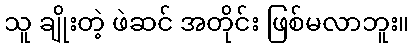
သူ ချိုးတဲ့ ဖဲဆင် အတိုင်း ဖြစ်မလာဘူး။